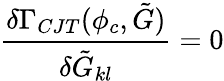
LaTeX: \frac{\delta\Gamma_{CJT}(\phi_{c},\tilde{G})}{\delta\tilde{G}_{kl}}=0